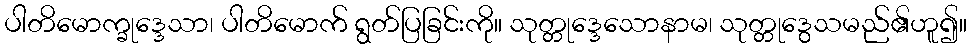
ပါတိမောက္ခုဒ္ဒေသာ၊ ပါတိမောက် ရွတ်ပြခြင်းကို။ သုတ္တုဒ္ဒေသောနာမ၊ သုတ္တုဒွေသမည်၏ဟူ၍။